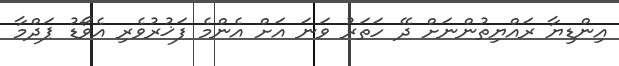
އިންޑިޔާ ރައްޔިތުންނަށް ދޭ ހަތަރު ވަނަ އަށް އެންމެ ފަޚުރުވެރި އެވޯޑު ޕަދްމާ